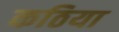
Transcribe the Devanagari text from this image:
कठिया